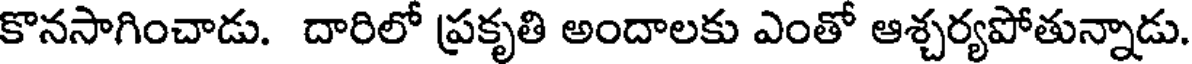
కొనసాగించాడు. దారిలో ప్రకృతి అందాలకు ఎంతో ఆశ్చర్యపోతున్నాడు.